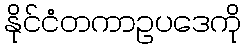
နိုင်ငံတကာဥပဒေကို